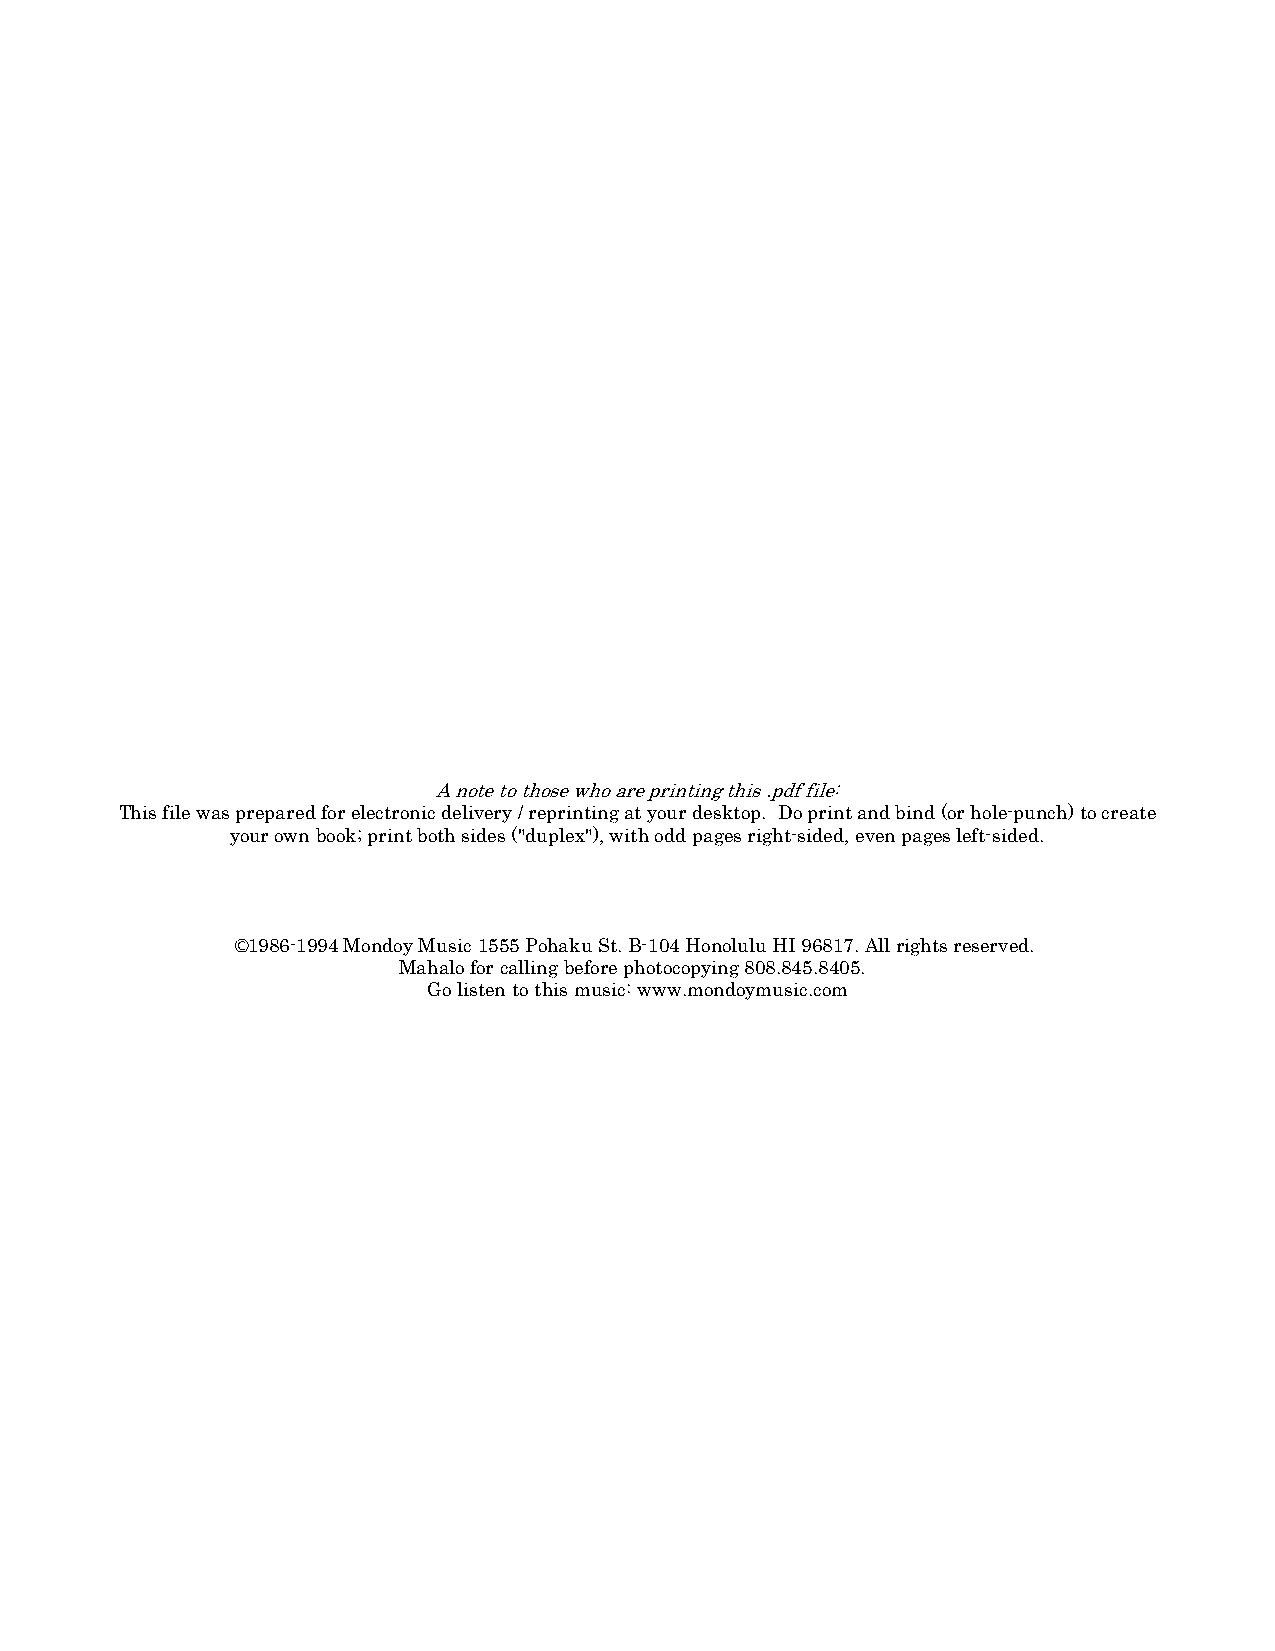
A note to those who are printing this .pdf file:
 This file was prepared for electronic delivery / reprinting at your desktop. Do print and bind (or hole-punch) to create
 your own book; print both sides ("duplex"), with odd pages right-sided, even pages left-sided.
 ©1986-1994 Mondoy Music 1555 Pohaku St. B-104 Honolulu HI 96817. All rights reserved.
 Mahalo for calling before photocopying 808.845.8405.
 Go listen to this music: www.mondoymusic.com